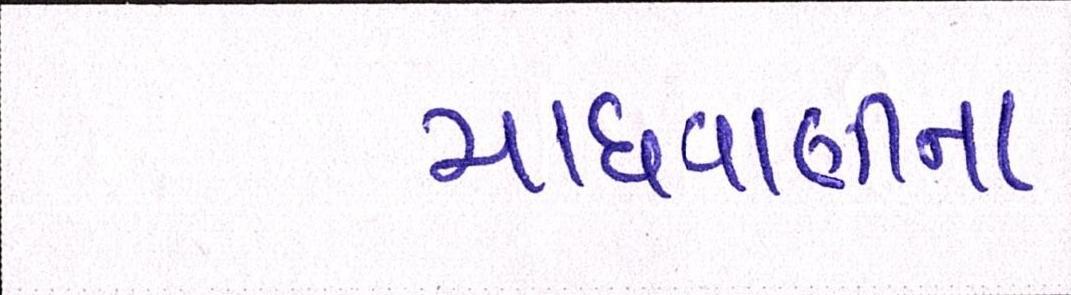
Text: માધવાણીના